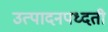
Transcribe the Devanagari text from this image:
उत्पादनपध्दती